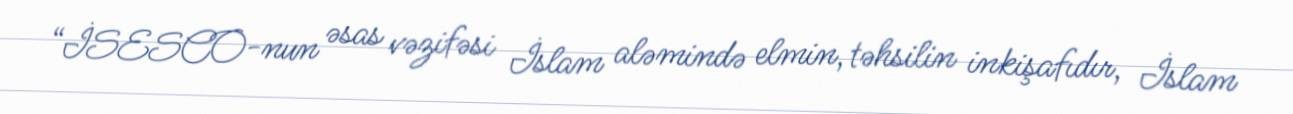
“İSESCO-nun əsas vəzifəsi İslam aləmində elmin, təhsilin inkişafıdır, İslam